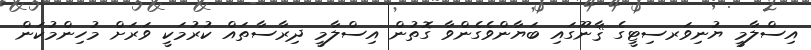
އިސްލާމީ ޔުނިވަރސިޓީގެ ޤާނޫގައި ބަޔާންވެގެންވާ ގޮތުން އިސްލާމީ ދިރާސާތައް ކުރުމަކީ ވަރަށް މުހިންމުކަން